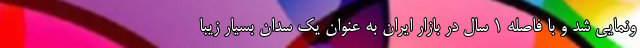
ونمایی شد و با فاصله 1 سال در بازار ایران به عنوان یک سدان بسیار زیبا